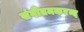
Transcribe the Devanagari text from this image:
संगीतमकरन्द